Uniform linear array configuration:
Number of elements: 24
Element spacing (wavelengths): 0.75
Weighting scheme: kaiser
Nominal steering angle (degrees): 0
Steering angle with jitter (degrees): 1.98
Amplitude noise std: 0.05
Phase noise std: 0.05

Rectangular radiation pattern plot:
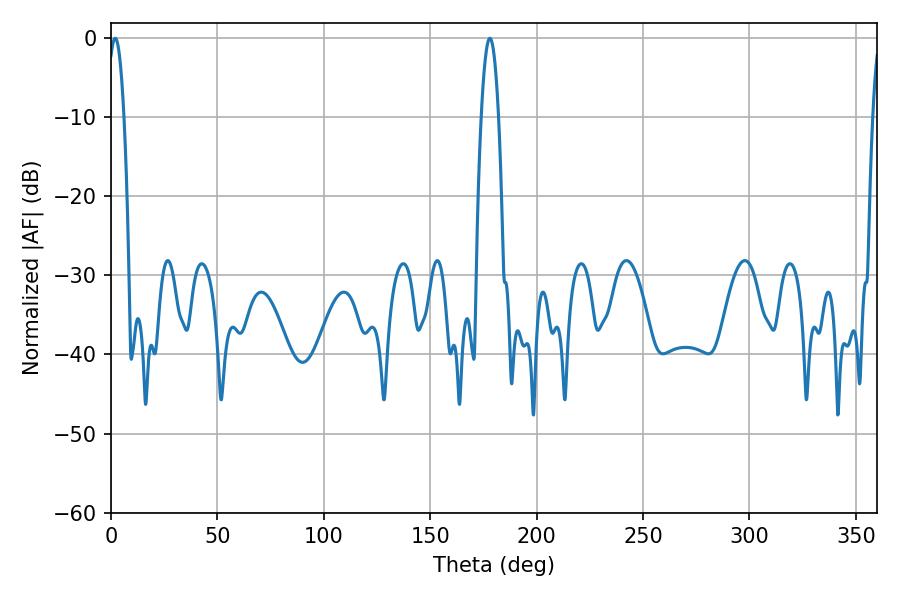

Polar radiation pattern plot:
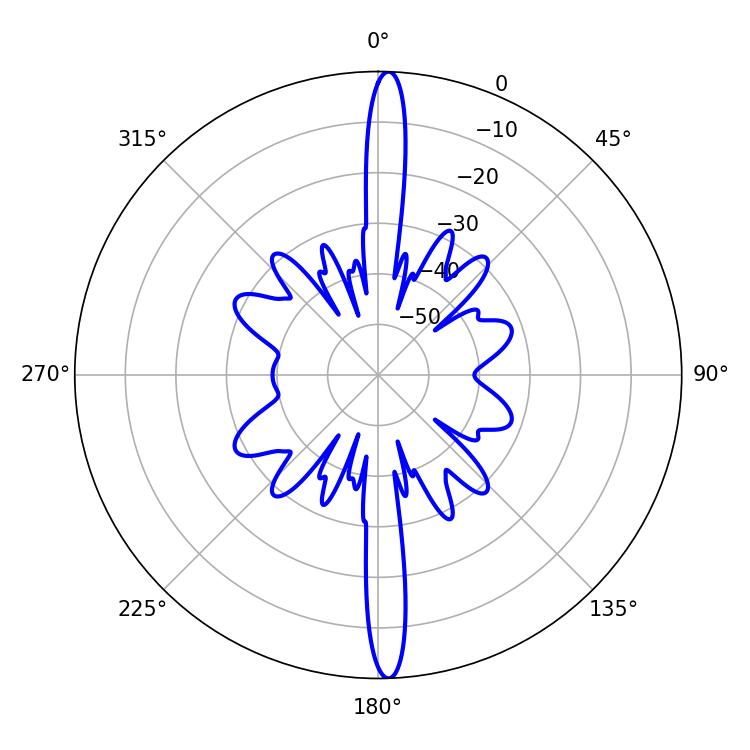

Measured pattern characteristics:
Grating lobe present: TRUE
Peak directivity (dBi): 25.471
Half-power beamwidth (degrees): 4.14
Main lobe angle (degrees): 1.98